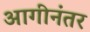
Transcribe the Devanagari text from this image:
आगीनंतर